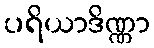
ပရိယာဒိဏ္ဏာ